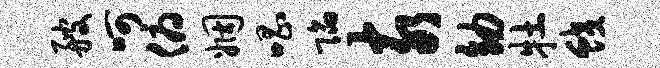
艘呵俯姻唱陷亥幼牡蛟